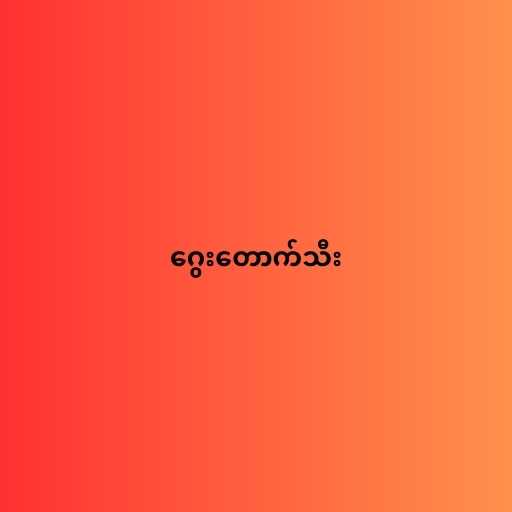
ဂွေးတောက်သီး